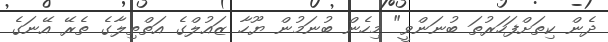
ދެން ކިތަށްފަހަރުތަ ބުނަންވީ" މިހެން ބުނަމުން ޔޫހާ ޒައުލްގެ އަތްތިލާގެ ތެރޭ އޭނަގެ